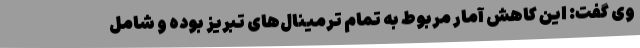
وی گفت: این کاهش آمار مربوط به تمام ترمینال‌های تبریز بوده و شامل